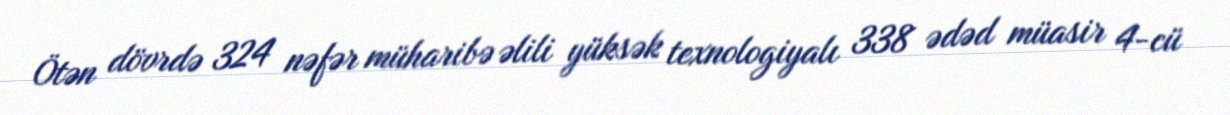
Ötən dövrdə 324 nəfər müharibə əlili yüksək texnologiyalı 338 ədəd müasir 4-cü